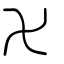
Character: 卍